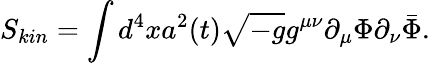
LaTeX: S_{kin}=\int d^{4}xa^{2}(t)\sqrt{-g}g^{\mu\nu}\partial_{\mu}\Phi\partial_{\nu}\bar{\Phi}.